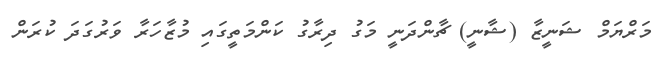
މަރްޔަމް ޝަނީޒާ (ޝާނީ) ޗާންދަނީ މަގު ދިރާގު ކަންމަތީގައި މުޒާހަރާ ވަރުގަދަ ކުރަން